Vaccination in the Punjab 1919-1929 - 1919-1929
Year: 1919
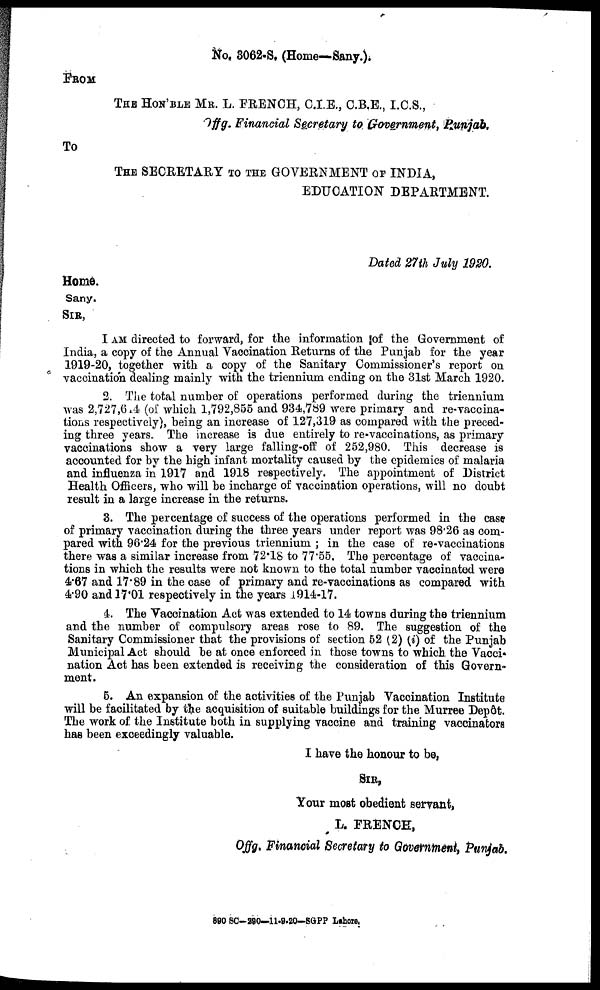
NO. 3062-S. (Home—Sany.).
FROM
THE HON'BEL MR. L. FRENCH, C.I.E., C.B.E., I.C.S.,
Offg. Financial Secretary to Government, Punjab.
To
THE SECRETARY TO THE GOVERNMENT OF INDIA,
EDUCATION DEPARTMENT.
Dated 27th July 1920.
Home.
Sany.
SIR,
I AM directed to forward, for the information of the Government of
India, a copy of the Annual Vaccination Returns of the Punjab for the year
1919-20, together with a copy of the Sanitary Commissioner's report on
vaccination dealing mainly with the triennium ending on the 31st March 1920.
2. The total number of operations performed during the triennium
was 2,727,614 (of which 1,792,855 and 934,789 were primary and re-vaccina-
tions respectively), being an increase of 127,319 as compared with the preced-
ing three years. The increase is due entirely to re-vaccinations, as primary
vaccinations show a very large falling-off of 252,980. This decrease is
accounted for by the high infant mortality caused by the epidemics of malaria
and influenza in 1917 and 1918 respectively. The appointment of District
Health Officers, who will be incharge of vaccination operations, will no doubt
result in a large increase in the returns.
3. The percentage of success of the operations performed in the case
of primary vaccination during the three years under report was 98.26 as com-
pared with 96.24 for the previous triennium ; in the case of re-vaccinations
there was a similar increase from 72.18 to 77.55. The percentage of vaccina-
tions in which the results were not known to the total number vaccinated were
4.67 and 17.89 in the case of primary and re-vaccinations as compared with
4.90 and 17.01 respectively in the years 1914-17.
4. The Vaccination Act was extended to 14 towns during the triennium
and the number of compulsory areas rose to 89. The suggestion of the
Sanitary Commissioner that the provisions of section 52 (2) (i) of the Punjab
Municipal Act should be at once enforced in those towns to which the Vacci-
nation Act has been extended is receiving the consideration of this Govern-
ment.
5. An expansion of the activities of the Punjab Vaccination Institute
will be facilitated by the acquisition of suitable buildings for the Murree Depôt.
The work of the Institute both in supplying vaccine and training vaccinators
has been exceedingly valuable.
I have the honour to be,
SIR,
Your most obedient servant,
L. FRENCH,
Offg. Financial Secretary to Government, Punjab.
890 SC-290—11-9-20— SGPP Lahore.